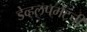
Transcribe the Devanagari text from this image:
डेव्हलपमेंटची